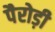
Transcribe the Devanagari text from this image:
पैरोड़ी